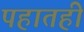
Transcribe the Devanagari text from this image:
पहातही